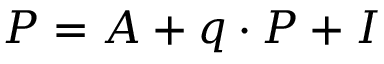
\textstyle P = A + q \cdot P + I \,